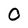
Character: 0